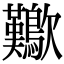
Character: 𣥁